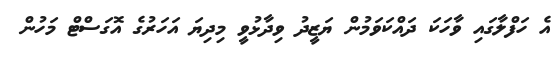
އެ ހަފްލާގައި ވާހަކަ ދައްކަވަމުން ޔަޒީދު ވިދާޅުވީ މިދިޔަ އަހަރުގެ އޮގަސްޓް މަހުން